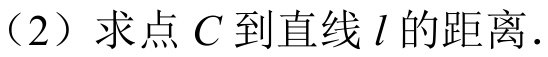
（2）求点\(C\)到直线\(l\)的距离.